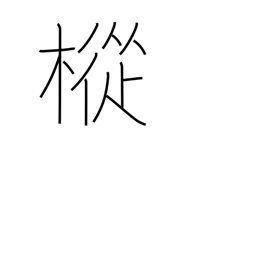
Meaning: fir